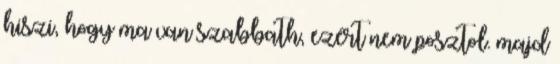
hiszi, hogy ma van szabbath, ezért nem posztol. majd